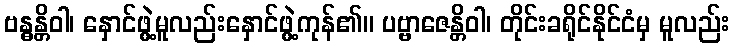
ဗန္ဓန္တိဝါ၊ နှောင်ဖွဲ့မူလည်းနှောင်ဖွဲ့ကုန်၏။ ပဗ္ဗာဇေန္တိဝါ၊ တိုင်းခရိုင်နိုင်ငံမှ မူလည်း